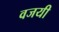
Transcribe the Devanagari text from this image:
वजयी